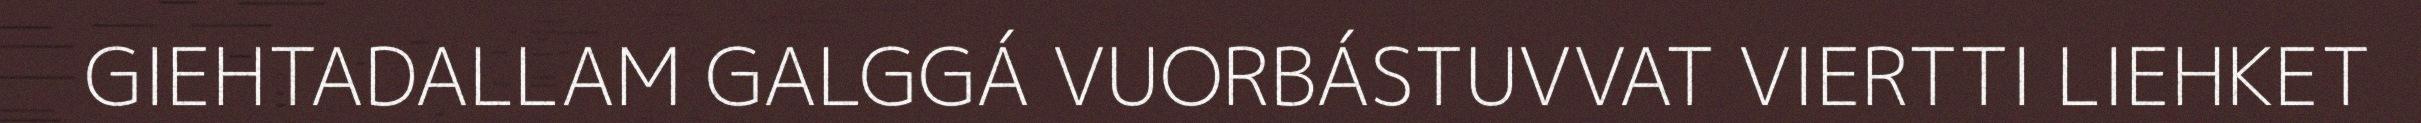
GIEHTADALLAM GALGGÁ VUORBÁSTUVVAT VIERTTI LIEHKET